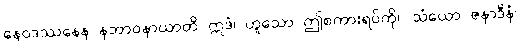
နေဝဒဿနေန နဘာဝနာယာတိ ဣဒံ၊ ဟူသော ဤစကားရပ်ကို။ သံယော ဇနာဒီနံ၊